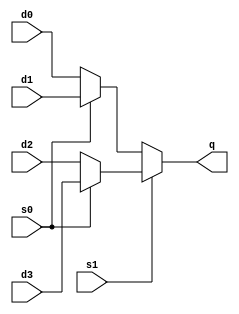
module part11(s0, s1, d0, d1, d2, d3, q);

input s0, s1;
input [7:0] d0;
input [7:0] d1;
input [7:0] d2;
input [7:0] d3;
output [7:0] q;

assign q = s1 ? (s0 ? d3 : d2) : (s0 ? d1 : d0);

endmodule